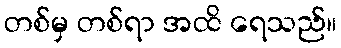
တစ်မှ တစ်ရာ အထိ ရေသည်။